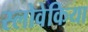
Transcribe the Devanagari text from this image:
स्लोवेकिया